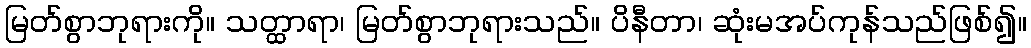
မြတ်စွာဘုရားကို။ သတ္ထာရာ၊ မြတ်စွာဘုရားသည်။ ပိနီတာ၊ ဆုံးမအပ်ကုန်သည်ဖြစ်၍။